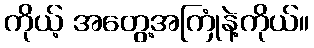
ကိုယ့် အတွေ့အကြုံနဲ့ကိုယ်။